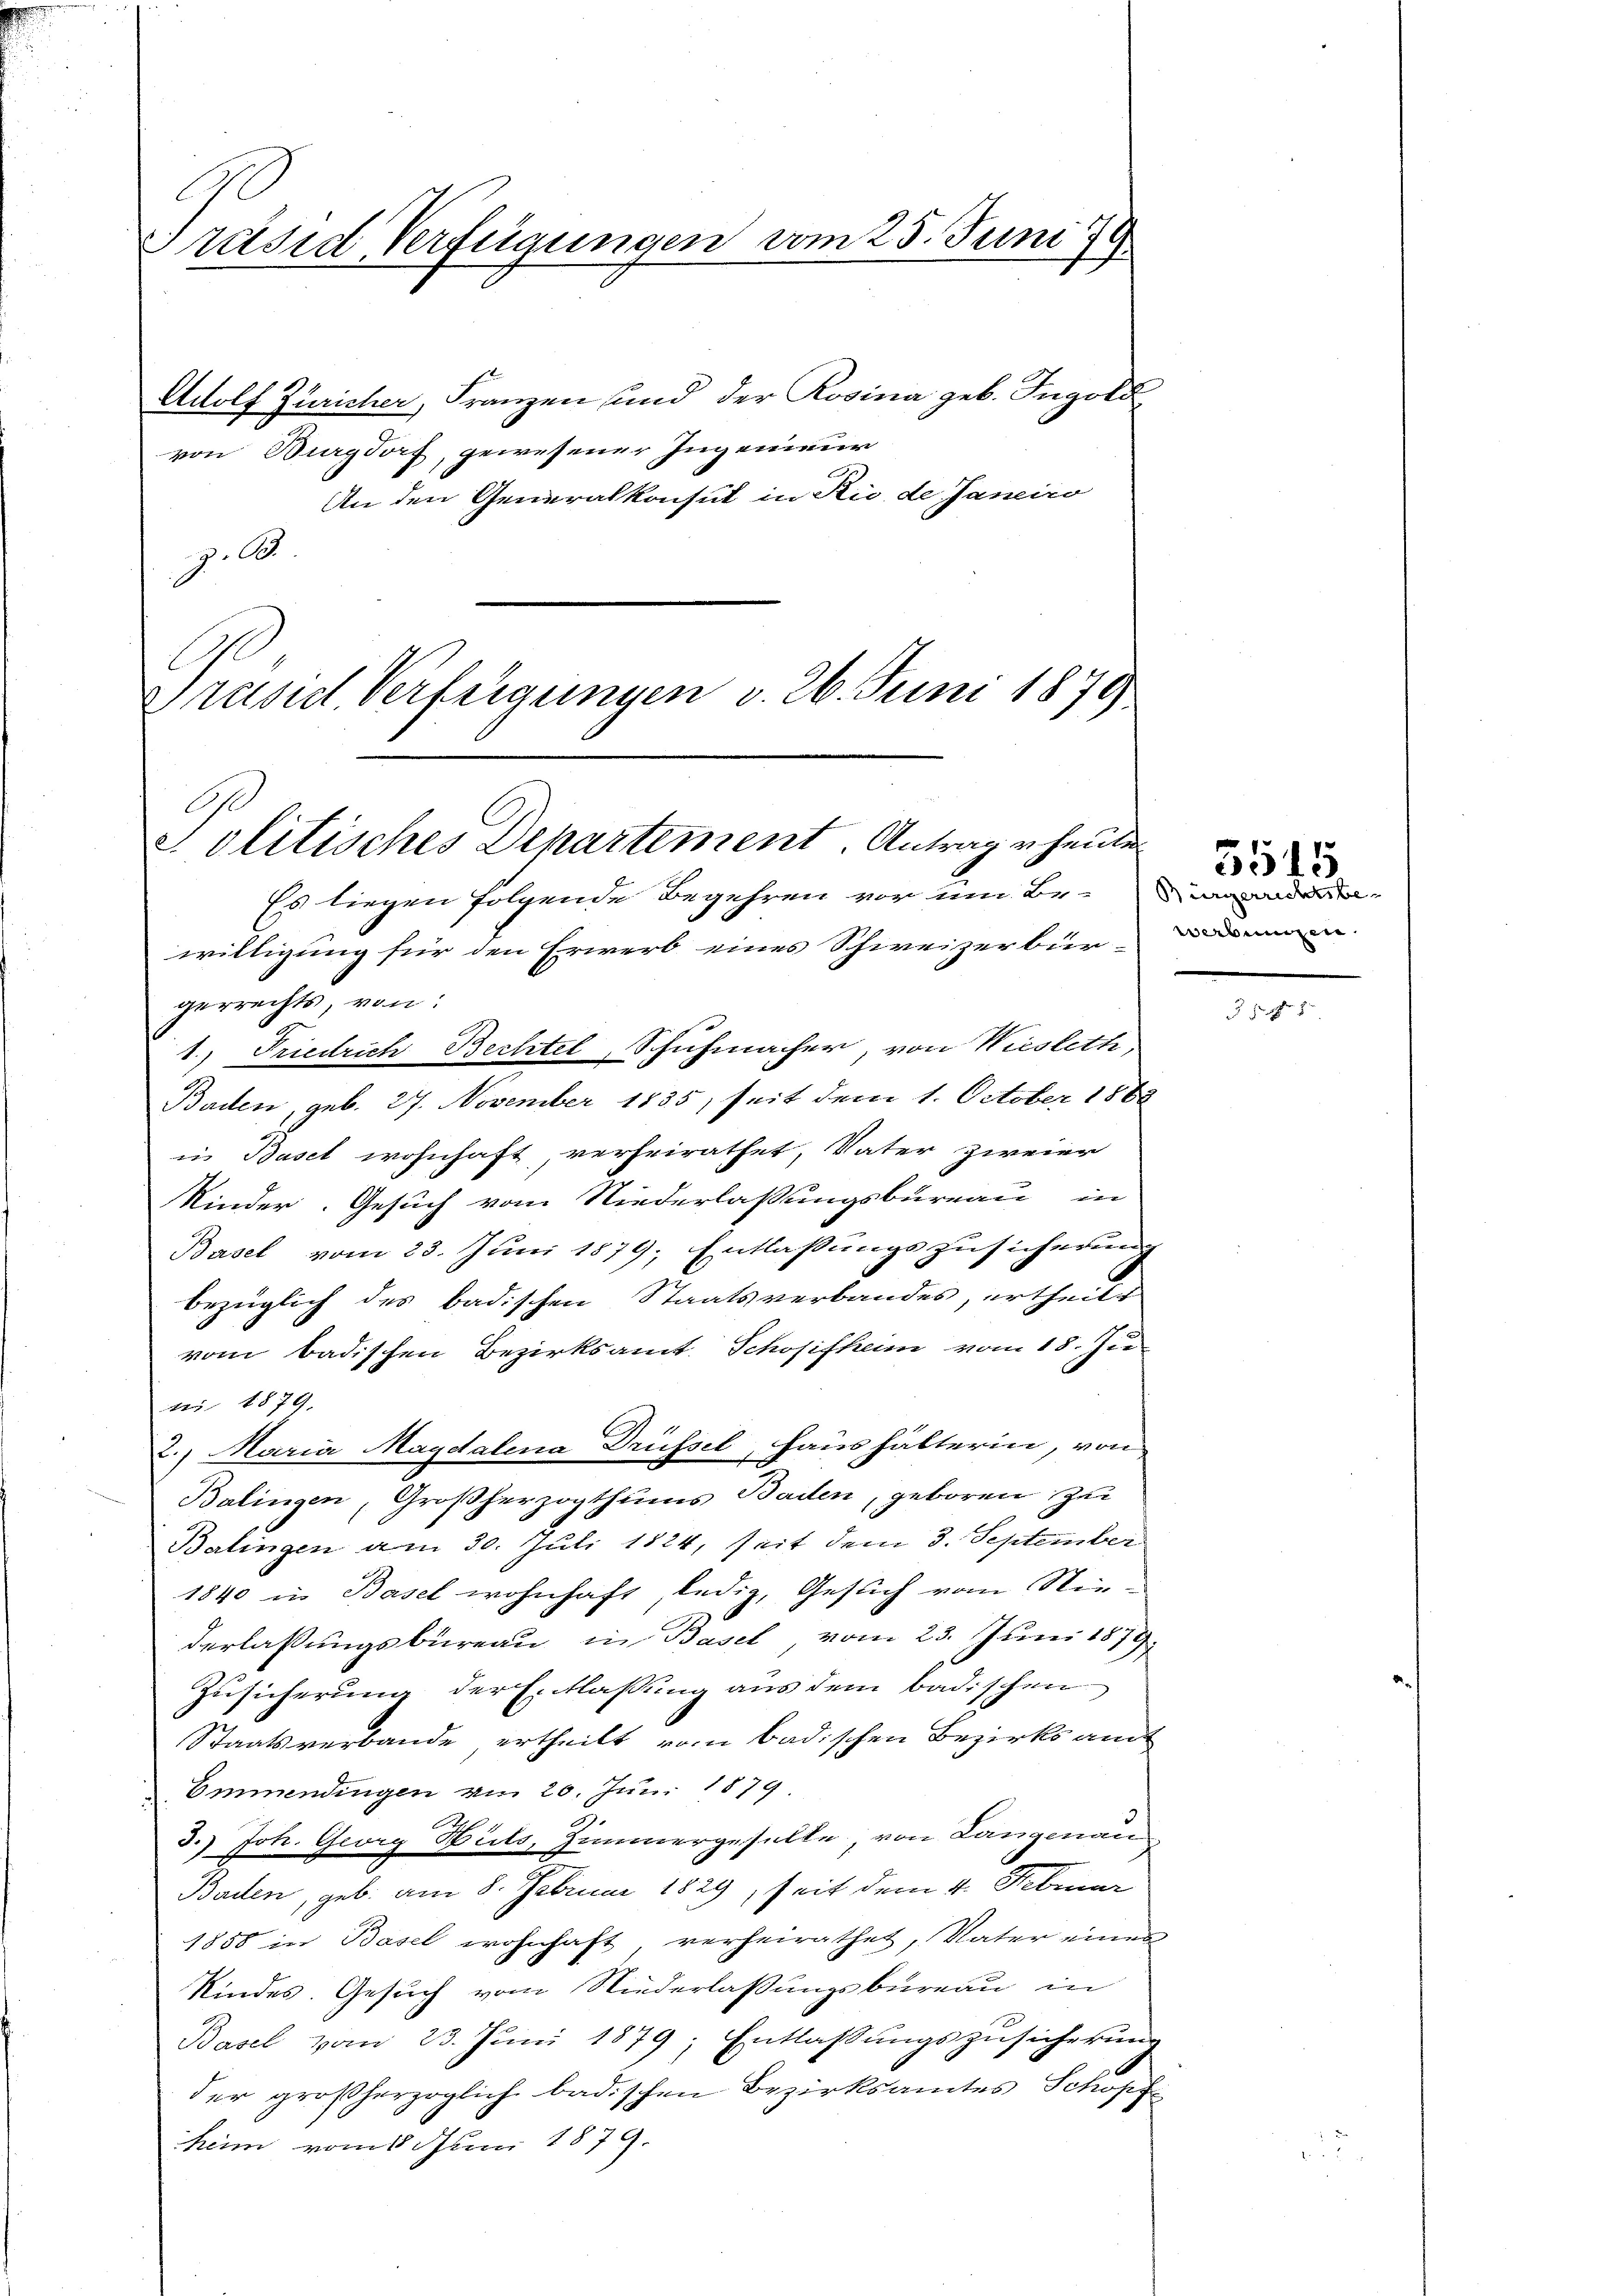
E
Präsid, Verfügungen vom 25. Juni 179

Adolf Züricher, Franzen und der Rosina geb. Ingold
von Burgdorf, gewesener Ingenieur
An den Generalkonsul in Rio de Janeiro
. A
Präsidl Verfügungen v. 26. Juni 1879

Ge
Solitisches Departement. Antrage heute
Es liegen folgende Begehren vor um Be¬

willigung für den Erwerb eines Schweizerbür-
gerrechts, von
1.) Friedrich Bechtel, Schuhmacher, von Wiesleth,
Baden, geb. 27. November 1835, seit dem 1. October 1868
in Basel wohnhaft verheirathet, Vater zweier
Kinder. Gesuch vom Niederlassungsbureau in
Basel vom 23. Juni 1879; Entlaßungszusicherung
bezüglich des badischen Staatsverbandes, ertheilt
vom badischen Bezirksamt Schosifheim vom 18. Ju
t 1879.
2.) Maria Magdalena Drüssel, Haushälterin, von
Balingen, Großherzogthums Baden, geboren zu
Balingen am 30. Juli 1824, seit dem 3. September
1840 in Basel wohnhaft, ledig, Gesuch vom Niederlaßungsbureau in Basel vom 23. Juni 1879
Zusicherung der Entlassung aus dem badischen
Staatsverbande ertheilt vom badischen Bezirksam
Emmendingen am 20. Jun. 1879
3.) Joh. Georg Heils, Zimmergeselle von Langmann
Baden, geb. am 8. Februar 1829, seit dem 4. Februar
1858 in Basel wohnhaft verheirathet, Vater eines
Kindes. Gesuch vom Niederlaßungsbureau in
Basel vom 23. Juni 1879; Entlassŭngszusicherŭng
der großherzoglich badischen Bezirksamtes Schopf
heim vom Juni 1879.

Bürgerrechtsbe-
werbungen.

5515

31.